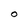
Character: O